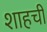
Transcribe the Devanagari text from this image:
शाहची